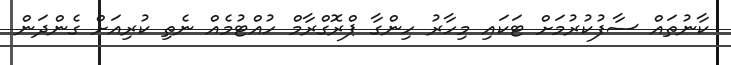
ކާނުތައް ސާފުކުރުމަށް ޓަކައި މިހާރު ހިންގާ ޕްރޮގްރާމް ހުއްޓުމެއް ނެތި ކުރިއަށް ގެންދަން